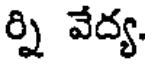
ర్ని వేద్య.